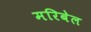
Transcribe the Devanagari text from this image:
मरिबेल